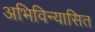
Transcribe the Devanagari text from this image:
अभिविन्यासित